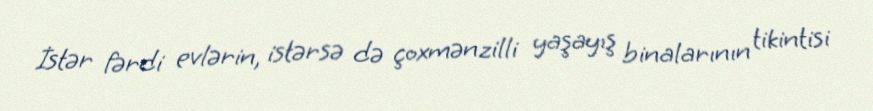
İstər fərdi evlərin, istərsə də çoxmənzilli yaşayış binalarının tikintisi